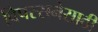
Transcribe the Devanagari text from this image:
विपस्सनेसाठी